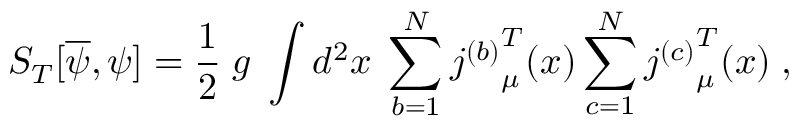
S _ { T } [ \overline { { { \psi } } } , \psi ] = \frac { 1 } { 2 } \; g \; \int d ^ { 2 } x \; \sum _ { b = 1 } ^ { N } { j ^ { ( b ) } } _ { \mu } ^ { T } ( x ) \sum _ { c = 1 } ^ { N } { j ^ { ( c ) } } _ { \mu } ^ { T } ( x ) \; ,